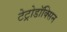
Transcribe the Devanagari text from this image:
टेट्रोडॉक्सिन